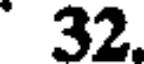
32.